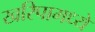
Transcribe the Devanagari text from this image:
खरिपामध्ये